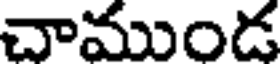
చాముండ